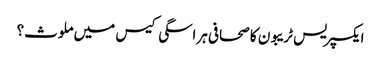
ایکسپریس ٹریبون کا صحافی ہراسگی کیس میں ملوث؟